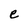
Character: e